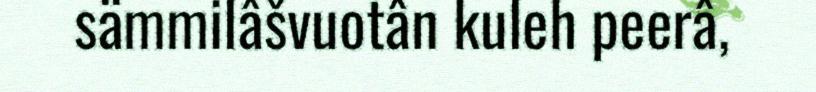
sämmilâšvuotân kuleh peerâ,